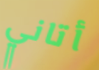
أتاني